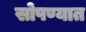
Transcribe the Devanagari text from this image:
सोपण्यात